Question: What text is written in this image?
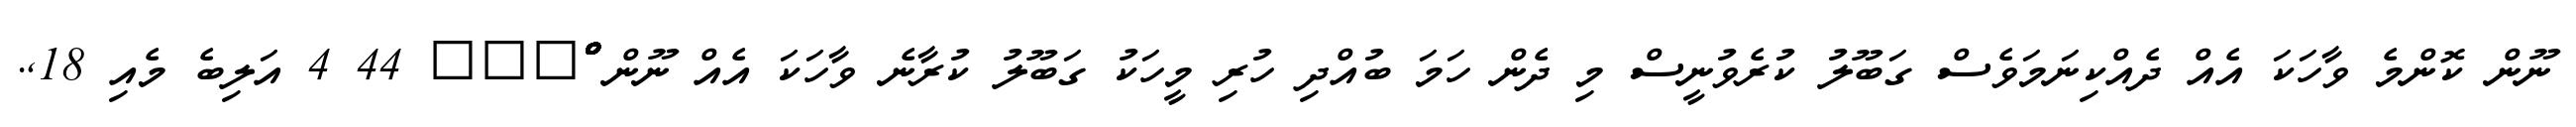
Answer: ނޫން ކޮންމެ ވާހަކަ އެއް ދެއްކިނަމަވެސް ގަބޫލު ކުރެވުނީސް މި ދެން ހަމަ ބުއްދި ހުރި މީހަކު ގަބޫލު ކުރާނެ ވާހަކަ އެއް ނޫން ްްްްްްްްްްްްްްްްްްްްްްްްްްްްްްްްްްްްްްްްްްްްްްްްްްްްްްްް??? 44 4 އަލިބެ މެއި 18,.